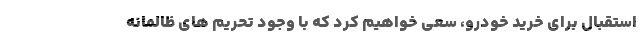
استقبال برای خرید خودرو، سعی خواهیم کرد که با وجود تحریم های ظالمانه